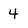
Character: 4